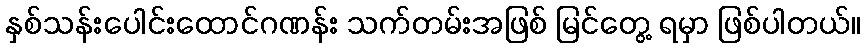
နှစ်သန်းပေါင်းထောင်ဂဏန်း သက်တမ်းအဖြစ် မြင်တွေ့ ရမှာ ဖြစ်ပါတယ်။